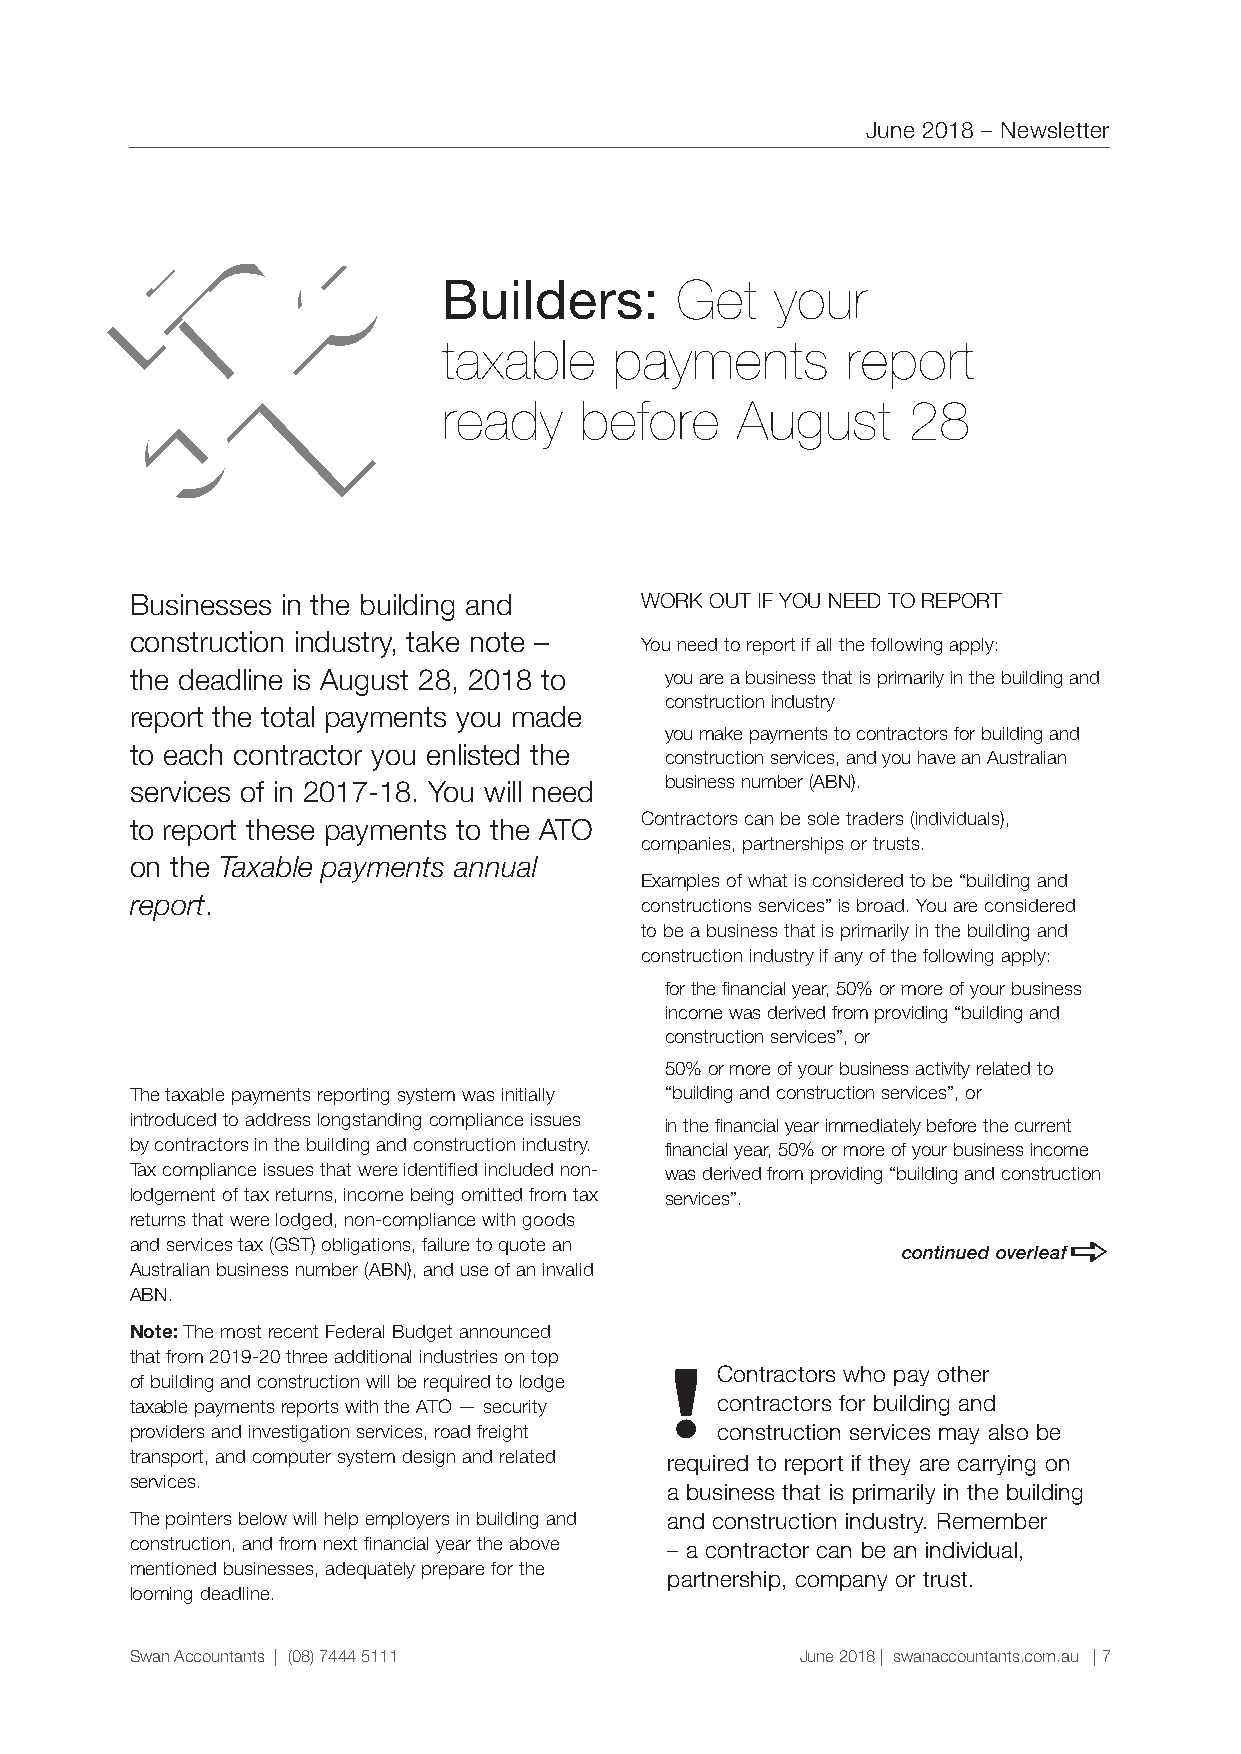
June 2018 – Newsletter
 @
 @
 Builders:       Get   your
 taxable     payments       report
 ready    before     August     28
 Businesses in the building and   WORK OUT IF YOU NEED TO REPORT
 construction industry, take note –
 You need to report if all the following apply:
 the deadline is August 28, 2018 to §■you are a business that is primarily in the building and
 construction industry
 report the total payments you made
 §■you make payments to contractors for building and
 to each contractor you enlisted the
 construction services, and you have an Australian
 services of in 2017-18. You will need business number (ABN).
 Contractors can be sole traders (individuals),
 to report these payments to the ATO
 companies, partnerships or trusts.
 on the Taxable payments annual
 Examples of what is considered to be “building and
 report.                          constructions services” is broad. You are considered
 to be a business that is primarily in the building and
 construction industry if any of the following apply:
 §■for the financial year, 50% or more of your business
 income was derived from providing “building and
 construction services”, or
 §■50% or more of your business activity related to
 The taxable payments reporting system was initially “building and construction services”, or
 introduced to address longstanding compliance issues §■in the financial year immediately before the current
 by contractors in the building and construction industry. financial year, 50% or more of your business income
 Tax compliance issues that were identified included non- was derived from providing “building and construction
 lodgement of tax returns, income being omitted from tax services”.
 returns that were lodged, non-compliance with goods
 and services tax (GST) obligations, failure to quote an continued overleafa
 Australian business number (ABN), and use of an invalid
 ABN.
 Note: The most recent Federal Budget announced
 !
 that from 2019-20 three additional industries on top
 Contractors who pay other
 of building and construction will be required to lodge
 taxable payments reports with the ATO — security contractors for building and
 providers and investigation services, road freight construction services may also be
 transport, and computer system design and related required to report if they are carrying on
 services.
 a business that is primarily in the building
 The pointers below will help employers in building and and construction industry. Remember
 construction, and from next financial year the above – a contractor can be an individual,
 mentioned businesses, adequately prepare for the
 partnership, company or trust.
 looming deadline.
 Swan Accountants | (08) 7444 5111           June 2018 | swanaccountants.com.au | 7